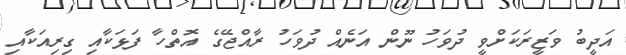
އަދީބު ވަޒީރަކަށްވީ ދުވަހު ނޫން އަނެއް ދުވަހު ރާއްޖޭގެ އޮތްހާ ފަޅަކާއި ގިރިއަކާއި